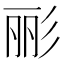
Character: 彨